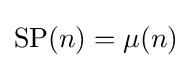
\operatorname {SP} (n)=\mu (n)